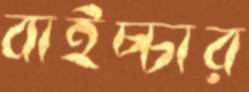
বাইচ্চার